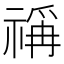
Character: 𰨋